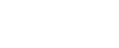
သားအတွက်